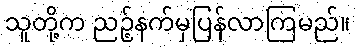
သူတို့က ညဉ့်နက်မှပြန်လာကြမည်။